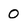
Character: O